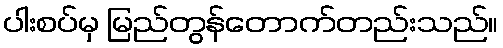
ပါးစပ်မှ မြည်တွန်တောက်တည်းသည်။